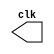
// ---------------------
// Guia 0903 - Implementar um gerador de pulsos sincronizado apenas 
//     com as variaes (de subida e de descida) de "clock" e
//     durao de 4 unidades de tempo.
//
//
// Nome: Luiz Felipe Fonseca
// ---------------------

// --------------------- 
// modules
// ---------------------

module clock (clk); 
output clk; 
reg clk;
 
initial 
begin 
clk = 1'b0; 
end 

always 
begin 
#4 clk = ~clk; 
end 

endmodule 
module pulse (signal, clock); 
input clock; 
output signal; 
reg signal; 

always @ (posedge clock) 
begin 
signal = 1'b0; 
#64 signal = 1'b1;
#64 signal = 1'b0;

end 

endmodule 

// --------------------- 
// Exercicio0903
// ---------------------

module testclock03; 
wire clk; 
clock clk1 (clk); 
wire p1; 
pulse pulse1 (p1, clk); 

initial begin 
$display("Exercicio 0903");
$display("Luiz Felipe Fonseca - 405817");
$dumpfile ("Exercicio03.vcd"); 
$dumpvars (1, clk, p1); 
#300 $finish; 
end 

endmodule